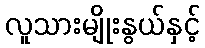
လူသားမျိုးနွယ်နှင့်